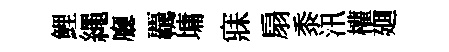
鯉繩廳覊墉寐扇黍汛權廽